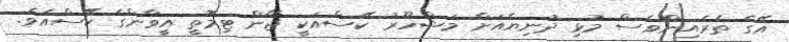
އޭގެ ތެރެއިންވެސް މުޅި ދުނިޔެއަށް މަޝްހޫރު ކޭސްއަކީ ޖޯން ޓިމޮތީ އީވާންގެ ކޭސްއެވެ.